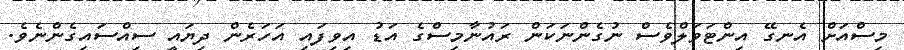
މިސްއަށް އެނގޭ އިންޓަވަލްވެސް ނުގެންނަކަން ރައުނާމިސްގެ އަޑު އިވިފައި އަހަރެން ދިޔައީ ސިއްސައިގެންނެވެ.